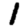
Digit: 1